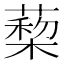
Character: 蔾